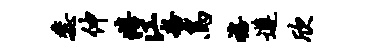
蕊伸嬉江粉鸟禧遵欣